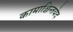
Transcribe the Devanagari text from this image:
कामाश्चिन्तयेद